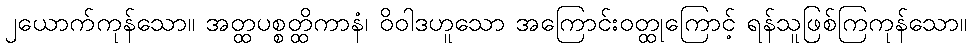
၂ယောက်ကုန်သော။ အတ္ထပစ္စတ္ထိကာနံ၊ ဝိဝါဒဟူသော အကြောင်းဝတ္ထုကြောင့် ရန်သူဖြစ်ကြကုန်သော။